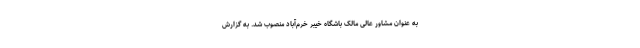
به عنوان مشاور عالی مالک باشگاه خیبر خرم‌آباد منصوب شد. به گزارش